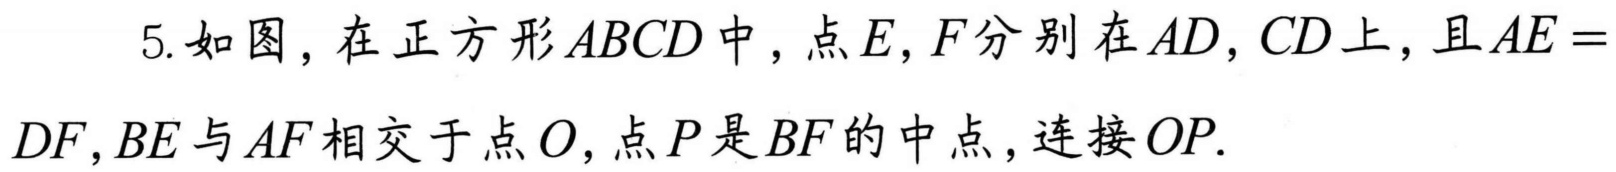
5. 如图，在正方形 \(ABCD\) 中，点 \(E,F\) 分别在 \(AD,CD\) 上，且 \(AE =\)
\(DF,BE\) 与 \(AF\) 相交于点 \(O\)，点 \(P\) 是 \(BF\) 的中点，连接 \(OP\).